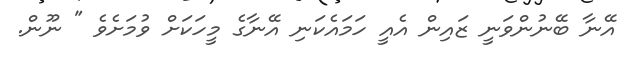
އޭނާ ބޭނުންވަނީ ޒައިން އެއީ ހަމައެކަނި އޭނާގެ މީހަކަށް ވުމަށެވެ " ނޫން.